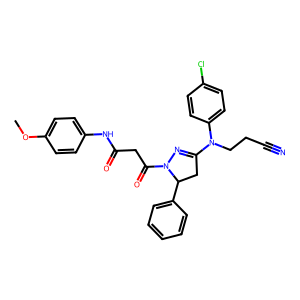
SMILES: COc1ccc(NC(=O)CC(=O)N2N=C(N(CCC#N)c3ccc(Cl)cc3)CC2c2ccccc2)cc1
Inhibits HIV replication: No